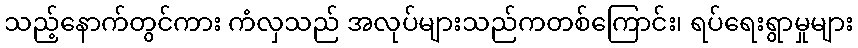
သည့်နောက်တွင်ကား ကံလှသည် အလုပ်များသည်ကတစ်ကြောင်း၊ ရပ်ရေးရွာမှုများ